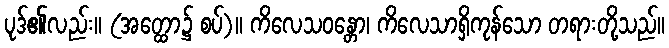
ပုဒ်၏လည်း။ (အတ္ထော၌ စပ်)။ ကိလေသဝန္တော၊ ကိလေသာရှိကုန်သော တရားတို့သည်။